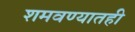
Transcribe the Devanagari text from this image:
शमवण्यातही